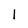
Character: 1